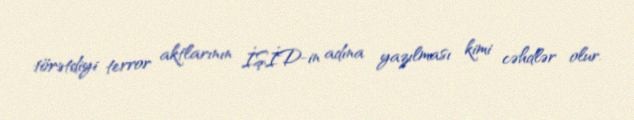
törətdiyi terror aktlarının İŞİD-in adına yazılması kimi cəhdlər olur.